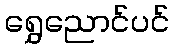
ရွှေညောင်ပင်